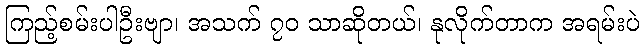
ကြည့်စမ်းပါဦးဗျာ၊ အသက် ၇၀ သာဆိုတယ်၊ နုလိုက်တာက အရမ်းပဲ